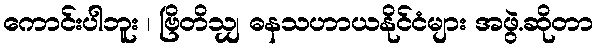
ကောင်းပါဘူး ၊ ဗြိတိသျှ ဓနသဟာယနိုင်ငံများ အဖွဲ.ဆိုတာ